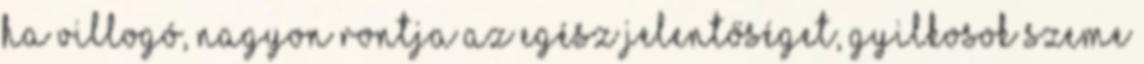
ha villogó, nagyon rontja az egész jelentőséget, gyilkosok szeme